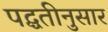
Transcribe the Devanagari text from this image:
पद्घतीनुसार